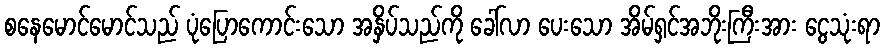
စနေမောင်မောင်သည် ပုံပြောကောင်းသော အနှိပ်သည်ကို ခေါ်လာ ပေးသော အိမ်ရှင်အဘိုးကြီးအား ငွေသုံးရာ